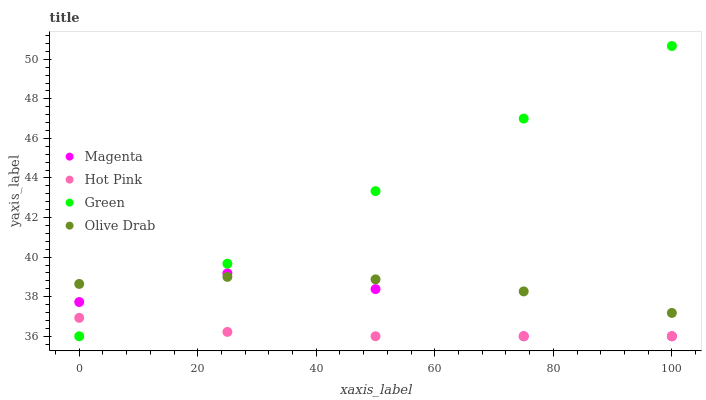
| xaxis_label | Magenta | Hot Pink | Green | Olive Drab |
 | --- | --- | --- | --- | --- |
 | 0 | 37.7 | 36.9 | 36 | 38.6 |
 | 25 | 39.2 | 36.2 | 39.7 | 39 |
 | 50 | 38.4 | 36 | 43.3 | 38.9 |
 | 75 | 36 | 36 | 47 | 38.3 |
 | 100 | 36 | 36 | 50.7 | 37.2 |